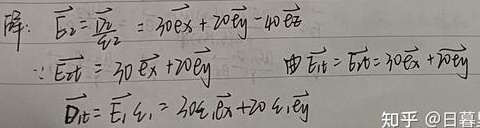
解：
\(\overrightarrow{E_0}=\frac{\overrightarrow{l_2}}{Z_2}=30\overrightarrow{e_x}+20\overrightarrow{e_y}-40\overrightarrow{e_z}\)
\(\because \overrightarrow{E_1}=30\overrightarrow{e_x}+20\overrightarrow{e_y}\)
由\(\overrightarrow{E_{1t}}=\overrightarrow{E_{0t}} = 30\overrightarrow{e_x}+20\overrightarrow{e_y}\)
\(\overrightarrow{D_{1t}}=\overrightarrow{E_1}\epsilon_1=30\epsilon_1\overrightarrow{e_x}+20\epsilon_1\overrightarrow{e_y}\)
知乎@日暮